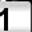
Digit: 1